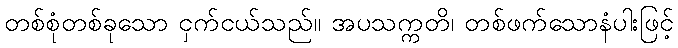
တစ်စုံတစ်ခုသော ငှက်ငယ်သည်။ အပသက္ကတိ၊ တစ်ဖက်သောနံပါးဖြင့်